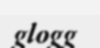
glogg